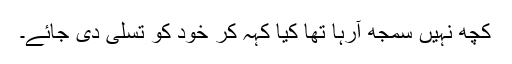
کچھ نہیں سمجھ آرہا تھا کیا کہہ کر خود کو تسلی دی جائے۔